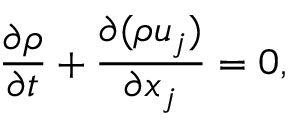
\frac { { \partial \rho } } { { \partial t } } + \frac { { \partial ( \rho { u _ { j } } ) } } { { \partial { x _ { j } } } } = 0 ,